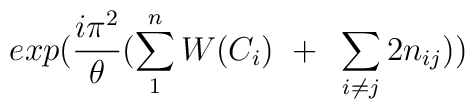
exp({i\pi^2\over\theta}(\sum_1^n W(C_i)~+~ \sum_{i\neq j}2n_{ij}))